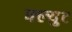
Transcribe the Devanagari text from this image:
क्ल्युट